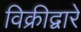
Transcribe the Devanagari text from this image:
विक्रीद्वारे